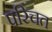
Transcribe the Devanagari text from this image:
परिचत